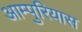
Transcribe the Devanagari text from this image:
आम्पुरियास